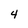
Character: 4